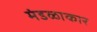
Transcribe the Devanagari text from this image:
मंडळाकार